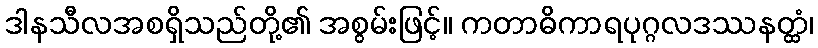
ဒါနသီလအစရှိသည်တို့၏ အစွမ်းဖြင့်။ ကတာဓိကာရပုဂ္ဂလဒဿနတ္ထံ၊